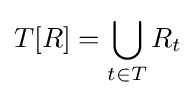
T[R]=\bigcup _{t\in T}R_{t}